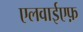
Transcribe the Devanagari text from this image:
एलवाईएफ़